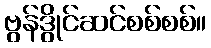
ဗွန်ဒွိုင်ဆင်စစ်စစ်။